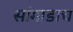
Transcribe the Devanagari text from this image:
सांगाडाच